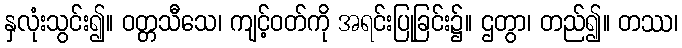
နှလုံးသွင်း၍။ ဝတ္တသီသေ၊ ကျင့်ဝတ်ကို အရင်းပြုခြင်း၌။ ဌတွာ၊ တည်၍။ တဿ၊